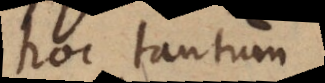
hoc tantum,